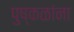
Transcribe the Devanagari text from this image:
पुष्कळांना